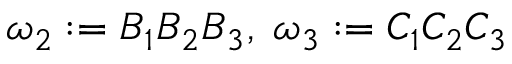
\omega _ { 2 } : = B _ { 1 } B _ { 2 } B _ { 3 } , \; \omega _ { 3 } : = C _ { 1 } C _ { 2 } C _ { 3 }